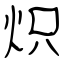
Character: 炽